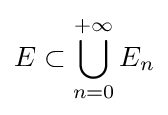
E\subset \bigcup _{n=0}^{+\infty }E_{n}